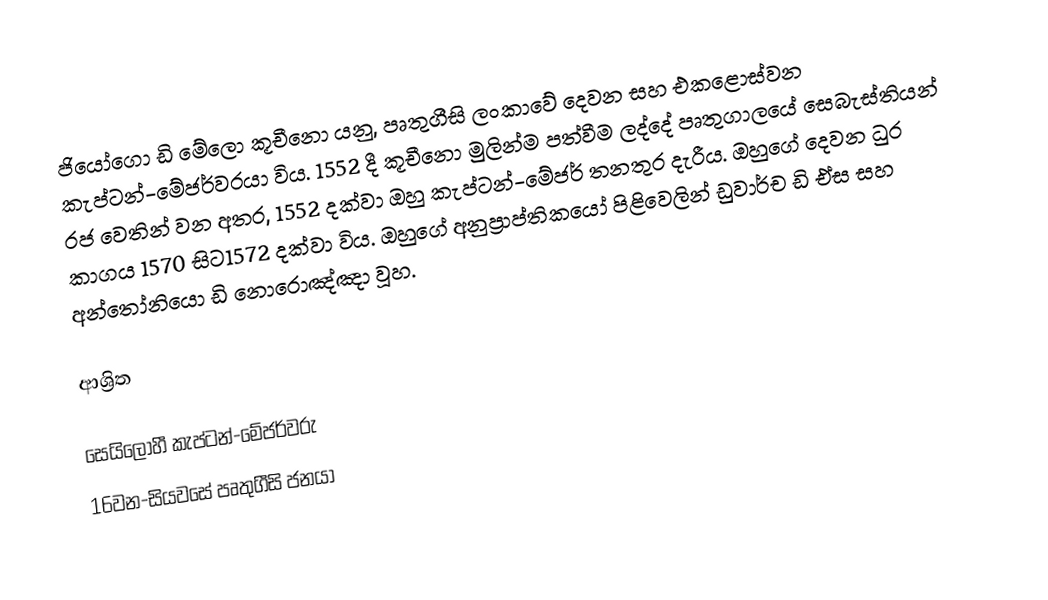
ජියෝගො ඩි මේලො කූචීනො යනු,  පෘතුගීසි ලංකාවේ දෙවන සහ එකළොස්වන කැප්ටන්-මේජර්වරයා විය. 1552 දී  කූචීනො මුලින්ම පත්වීම ලද්දේ  පෘතුගාලයේ සෙබැස්තියන් රජ වෙතින් වන අතර, 1552 දක්වා ඔහු කැප්ටන්-මේජර් තනතුර දැරීය. ඔහුගේ දෙවන ධුර කාගය 1570 සිට1572 දක්වා විය. ඔහුගේ අනුප්‍රාප්තිකයෝ පිළිවෙලින් ඩුවාර්ච ඩි ඒස සහ  අන්තෝනියො ඩි නොරොඤ්ඤා  වූහ.

ආශ්‍රිත

 සෙයිලෝහී කැප්ටන්-මේජර්වරු
16වන-සියවසේ පෘතුගීසි ජනයා